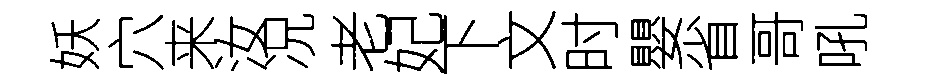
妖穴来汝况老妃下文时嬰省哥吼